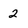
Character: 2